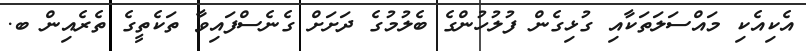
އެކިއެކި މައްސަލަތަކާއި ގުޅިގެން ފުލުހުންގެ ބެލުމުގެ ދަށަށް ގެނެސްފައިވާ ތަކެތީގެ ތެރެއިން ބ.